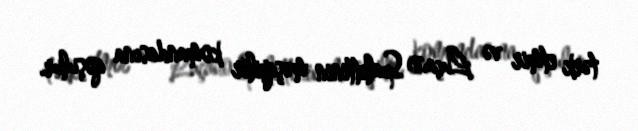
tərk etmir və Luçano Spalettinin məşqçilĕr komandasına qoşulur.